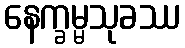
နေက္ခမ္မသုခဿ